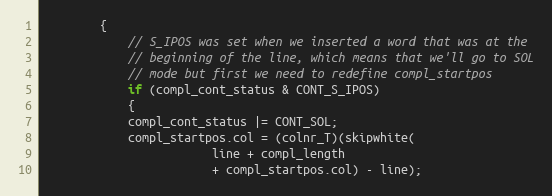
Language: C
		{
		    // S_IPOS was set when we inserted a word that was at the
		    // beginning of the line, which means that we'll go to SOL
		    // mode but first we need to redefine compl_startpos
		    if (compl_cont_status & CONT_S_IPOS)
		    {
			compl_cont_status |= CONT_SOL;
			compl_startpos.col = (colnr_T)(skipwhite(
						line + compl_length
						+ compl_startpos.col) - line);